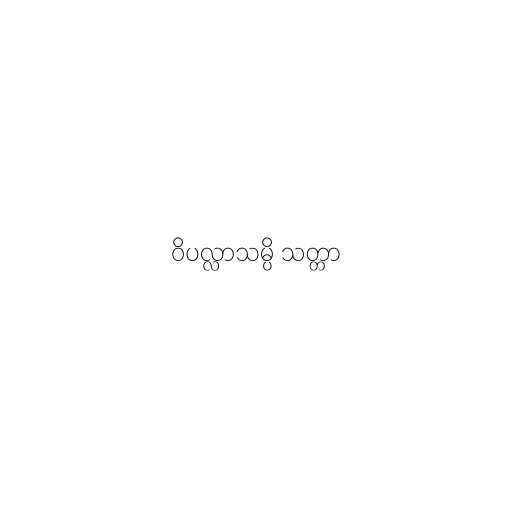
ဝိပလ္လာသမ္ပိ သတ္တာ